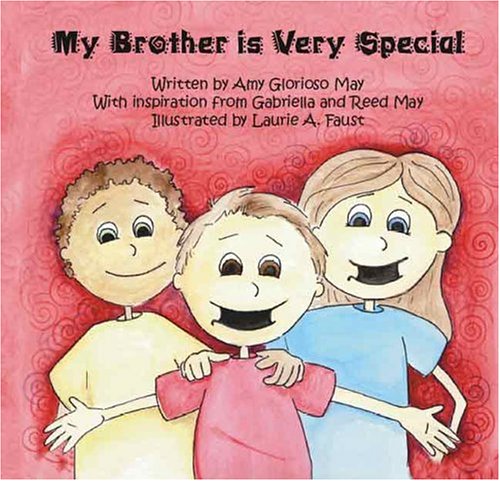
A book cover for My Brother is Very Special; Amy May; Parenting & Relationships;